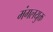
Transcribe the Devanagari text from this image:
मंगलयुक्त